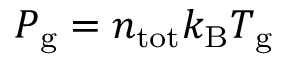
P _ { \mathrm { g } } = n _ { \mathrm { t o t } } k _ { \mathrm { B } } T _ { \mathrm { g } }